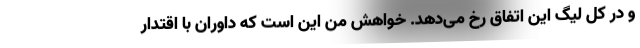
و در کل لیگ این اتفاق رخ می‌دهد. خواهش من این است که داوران با اقتدار